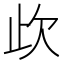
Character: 𣢃